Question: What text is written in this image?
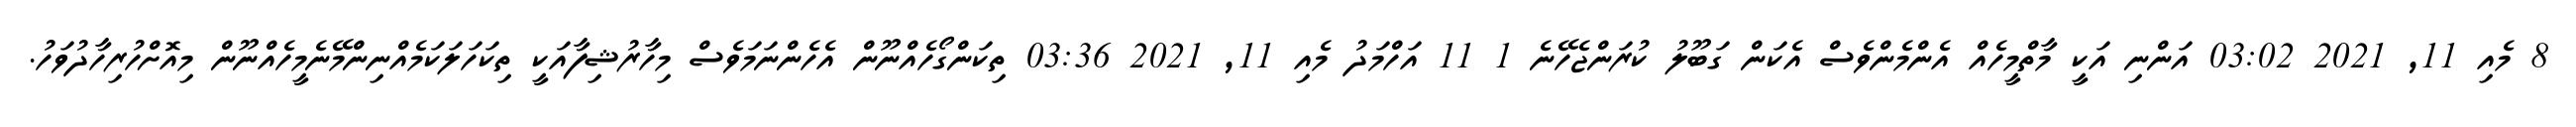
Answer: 8 މެއި 11, 2021 03:02 އަންނި އަކީ މާތްމީހެއް އެންމެންވެސް އެކަން ގަބޫލު ކުރަންޖެހޭނެ 1 11 އަހްމަދު މެއި 11, 2021 03:36 ތިކަންގޯހެއްނޫން އެހެންނަމަވެސް މިހާރުޝިފާއަކީ ތިކަހަލަކަމެއްނިންމޭނެމީހެއްނޫން މިއޮށްހުރިހާދުވަހު.